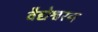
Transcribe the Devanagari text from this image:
वैद्येश्वरन